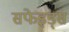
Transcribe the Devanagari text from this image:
सफेइड्स